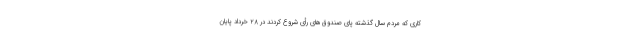
کاری که مردم سال گذشته پای صندوق‌های رأی شروع کردند در ۲۸ خرداد پایان